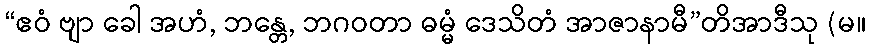
“ဧဝံ ဗျာ ခေါ အဟံ, ဘန္တေ, ဘဂဝတာ ဓမ္မံ ဒေသိတံ အာဇာနာမီ”တိအာဒီသု (မ။